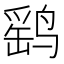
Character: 鹞